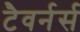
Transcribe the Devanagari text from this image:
टैवर्नर्स